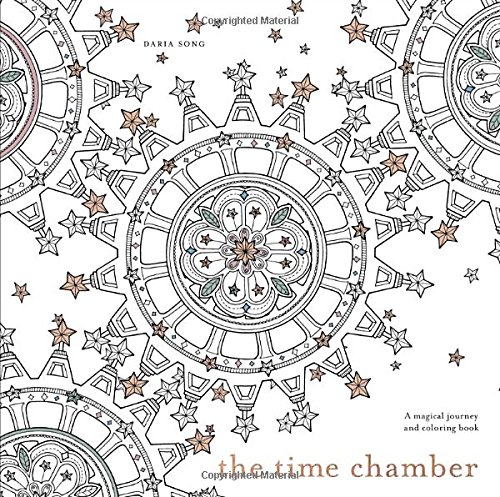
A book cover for The Time Chamber: A Magical Story and Coloring Book; Daria Song; Humor & Entertainment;